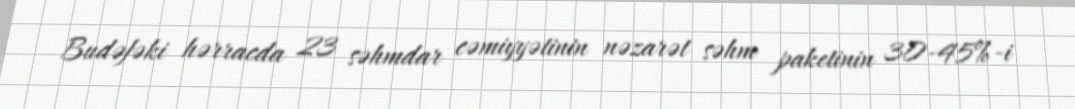
Budəfəki hərracda 23 səhmdar cəmiyyətinin nəzarət səhm paketinin 30-45%-i